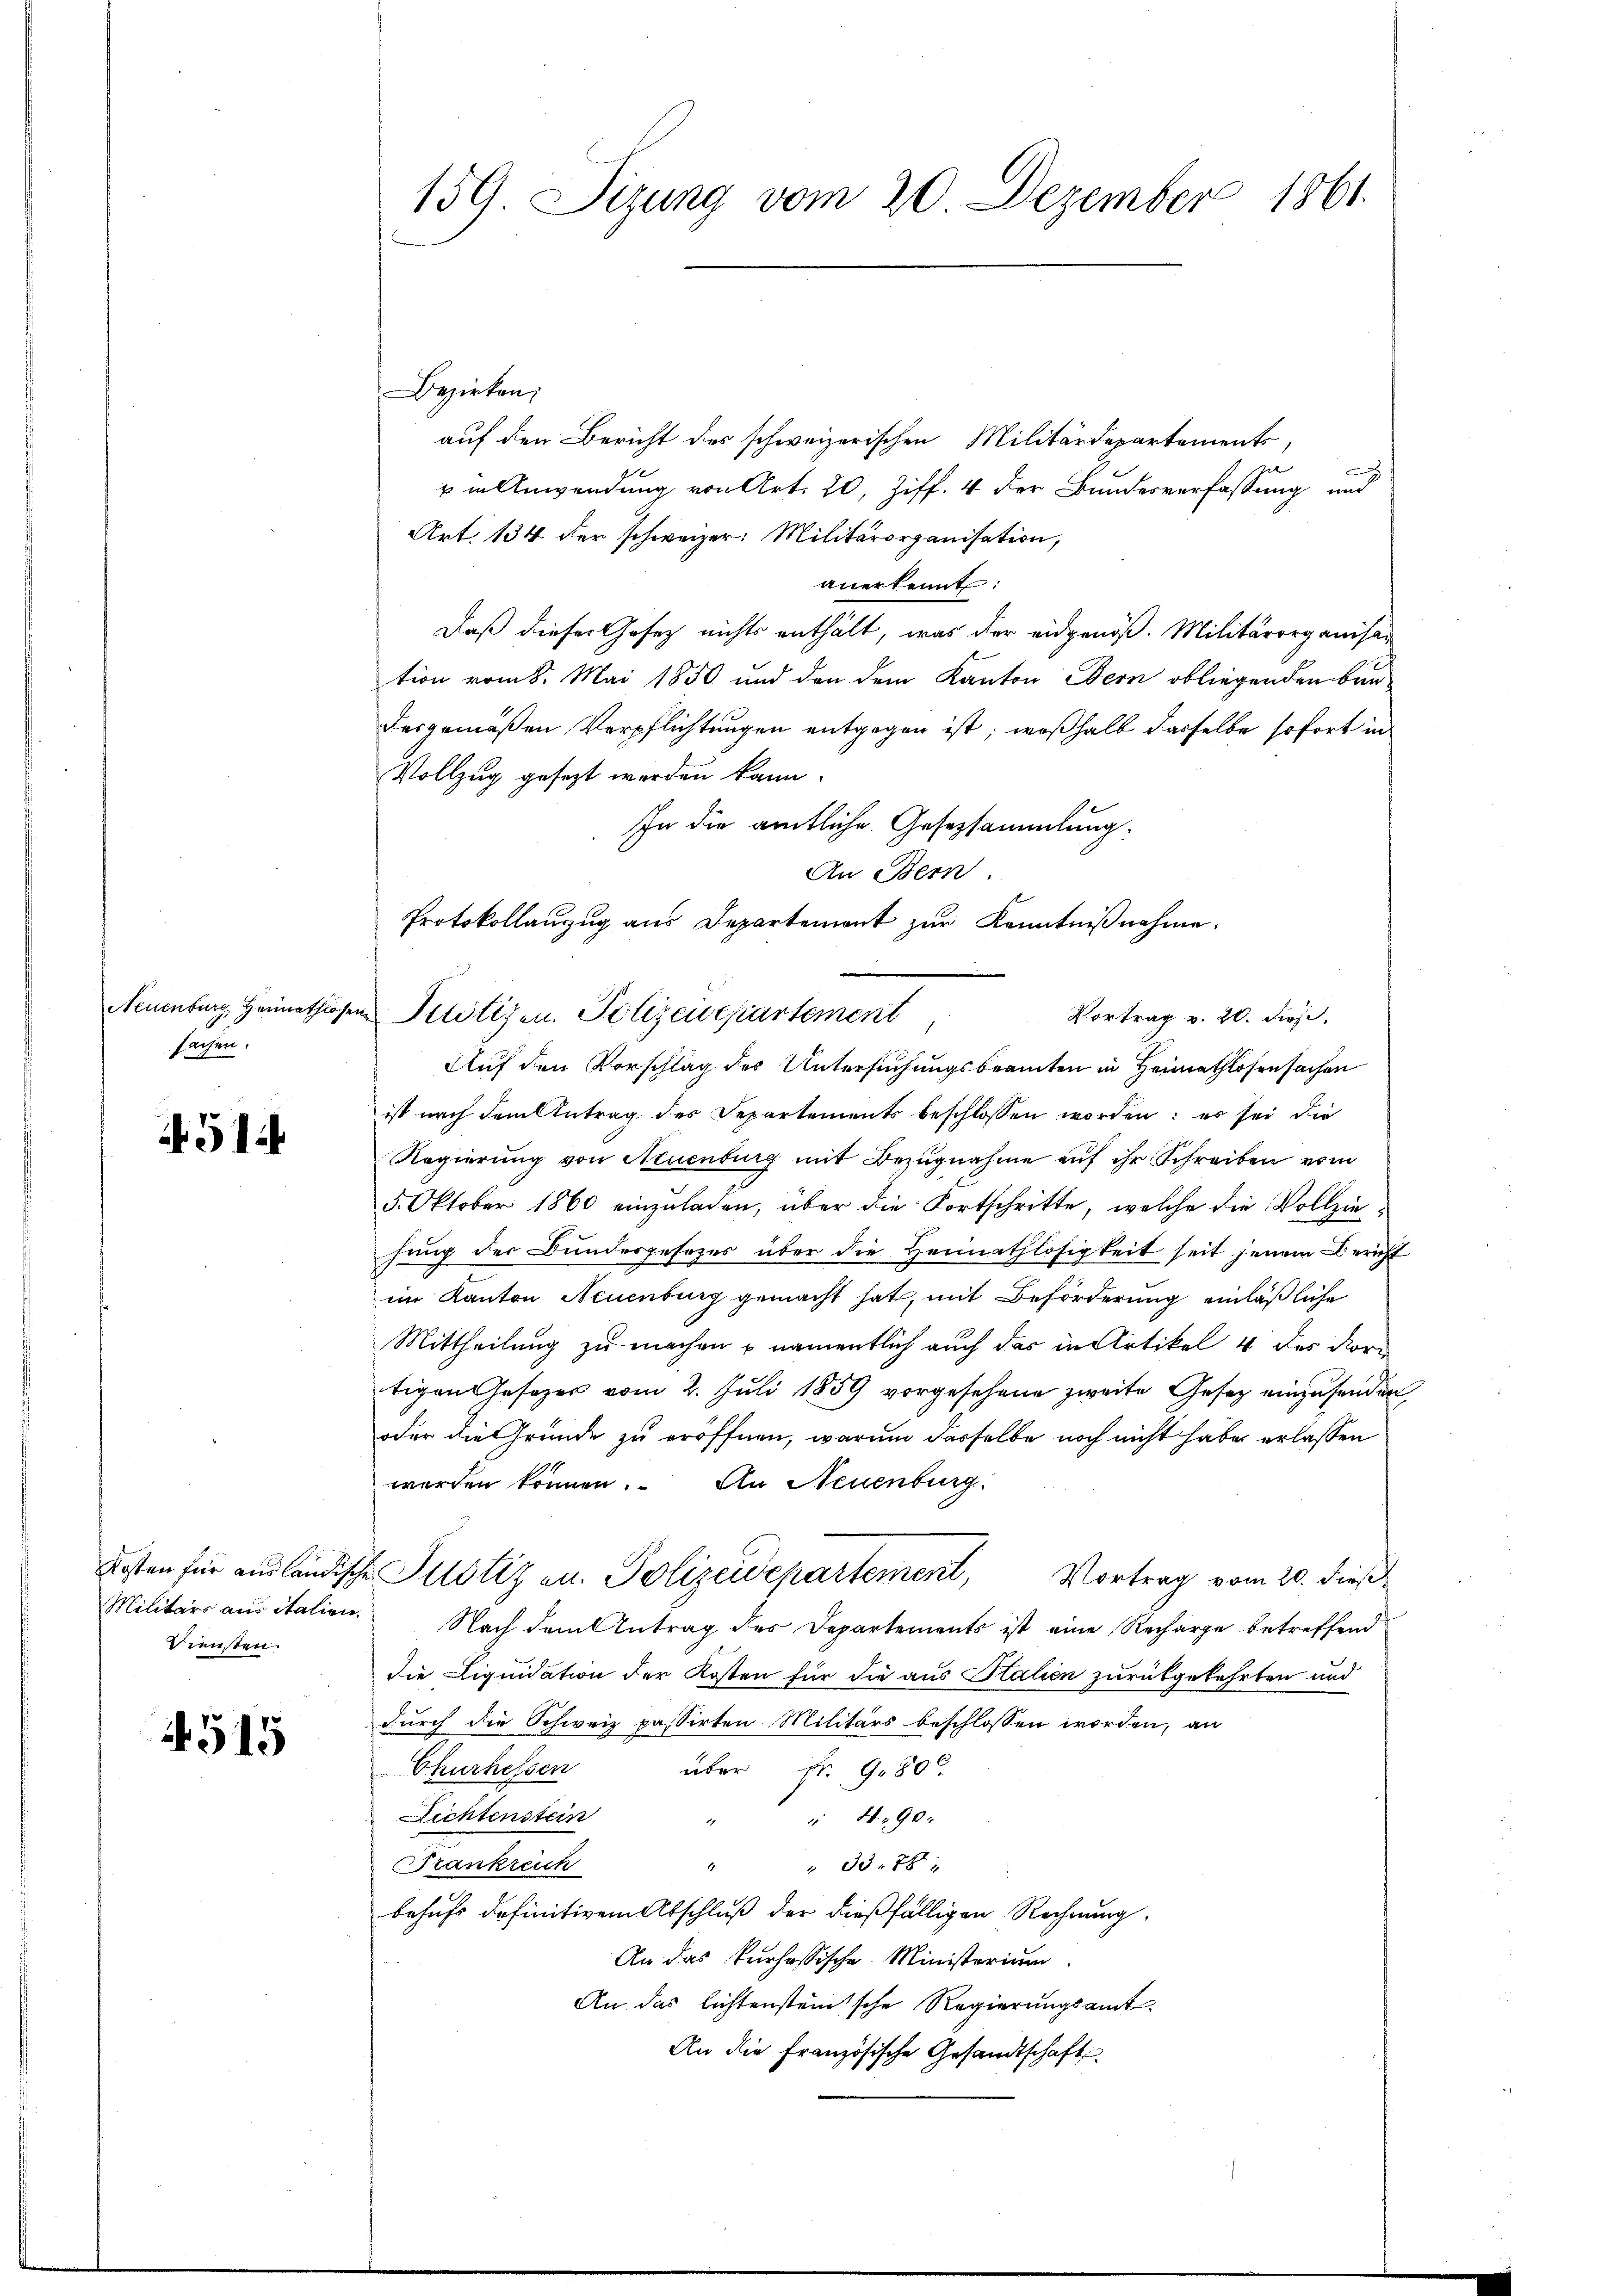
Neuenburg, Heimathlo
sachen.

51

Militärs aus Italien.
Diensten.

515

159. Sizung vom 20. Dezember 1861.

Bezirken;
auf den Bericht des schweizerischen Militärdepartements,
u in Anwendung von Art. 20, Ziff. 4 der Bundesverfassung und
Art. 134 der schweizer: Militärorganisation,
anerkennt:
Daß dieser Gesetz nichts enthält, was der eidgenöß. Militärorganisation vom 8. Mai 1850 und den dem Kanton Bern obliegenden Baudesgemäßen Verpflichtungen entgegen ist; weßhalb dasselbe sofort in
Vollzug gesezt werden kann.
In die amtliche Gesetzsammlung.
An Bern.
Protokollanzug aus Departement zur Kenntnißnahme.
Auf den Vorschlag des Untersuchungsbeamten in Heimathlosensachen
ist nach dem Antrag des Departements beschlossen worden: es sei die
Regierung von Neuenburg mit Bezugnahme auf ihr Schreiben vom
5. Oktober 1860 einzuladen, über die Fortschritte, welche die Vollziehung der Bundesgesetzes über die Heimathlosigkeit seit jenem Bericht
im Kanton Neuenburg gemacht hat, mit Beförderung einläßliche
Mittheilung zu machen u. namentlich auch das in Artikel 4 des Vor-
tigen Gesezer vom 2. Juli 1859 vorgesehene zweite Gesetz einzusenden,
oder die Gründe zu eröffnen, warum dasselbe noch nicht habe erlassen
worden können. An Neuenburg
Kosten für ausländische Justiz an. Polizeidepartement,
Vortrag vom 20. dieß
Nach dem Antrag des Departements ist eine Recharge betreffend
die Liquidation der Kosten für die aus Italien zurükgekehrten und
durch die Schweiz passirten Militärs beschlossen worden, an
Churhessen
über Fr. 9800.
Richtenstein
 490.
1
" " 33. 78
Frankreich
behufs definitivem Abschluß der dießfälligen Rechnung
An das kurhössische Ministerium
An das lichtensteinische Regierungsamt
An die französische Gesandtschaft

un Potizen. Polizeidepartement

Vortrag v. 20. dieß.